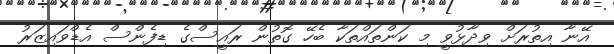
އޭނާ އިތުރަށް ވިދާޅުވީ މި ކަންތައްތަކާ ބެހޭ ގޮތުން ރައީސްގެ ޑިފެންސް އެޑްވައިޒަރު